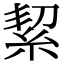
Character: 絜